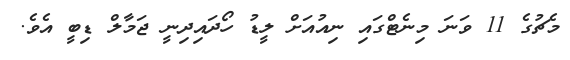
މެޗުގެ 11 ވަނަ މިނެޓްގައި ނިއުއަށް ލީޑު ހޯދައިދިނީ ޖަމާލް ޑިބީ އެވެ.